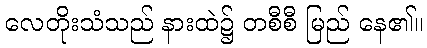
လေတိုးသံသည် နားထဲ၌ တစီစီ မြည် နေ၏။